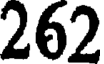
262